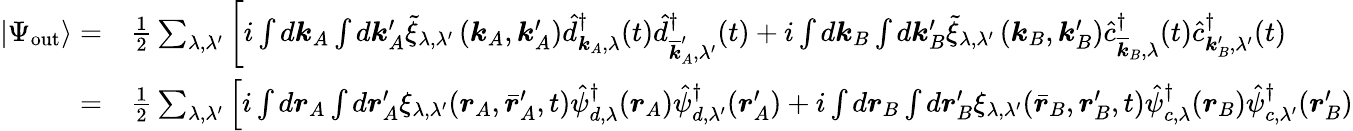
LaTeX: \begin{array}{rl}{\left|\Psi_{\mathrm{out}}\right\rangle=}&{{}\frac{1}{2}\sum_{\lambda,\lambda^{\prime}}\left[i\int d\boldsymbol{k}_{A}\int d\boldsymbol{k}_{A}^{\prime}\tilde{\xi}_{\lambda,\lambda^{\prime}}\left(\boldsymbol{k}_{A},\boldsymbol{k}_{A}^{\prime}\right)\hat{d}_{\boldsymbol{k}_{A},\lambda}^{\dagger}(t)\hat{d}_{\overline{{\boldsymbol{k}}}_{A}^{\prime},\lambda^{\prime}}^{\dagger}(t)+i\int d\boldsymbol{k}_{B}\int d\boldsymbol{k}_{B}^{\prime}\tilde{\xi}_{\lambda,\lambda^{\prime}}\left(\boldsymbol{k}_{B},\boldsymbol{k}_{B}^{\prime}\right)\hat{c}_{\overline{{\boldsymbol{k}}}_{B},\lambda}^{\dagger}(t)\hat{c}_{\boldsymbol{k}_{B}^{\prime},\lambda^{\prime}}^{\dagger}(t)\right.}\\ {=}&{{}\frac{1}{2}\sum_{\lambda,\lambda^{\prime}}\left[i\int d\boldsymbol{r}_{A}\int d\boldsymbol{r}_{A}^{\prime}\xi_{\lambda,\lambda^{\prime}}(\boldsymbol{r}_{A},\bar{\boldsymbol{r}}_{A}^{\prime},t)\hat{\psi}_{d,\lambda}^{\dagger}(\boldsymbol{r}_{A})\hat{\psi}_{d,\lambda^{\prime}}^{\dagger}(\boldsymbol{r}_{A}^{\prime})+i\int d\boldsymbol{r}_{B}\int d\boldsymbol{r}_{B}^{\prime}\xi_{\lambda,\lambda^{\prime}}(\bar{\boldsymbol{r}}_{B},\boldsymbol{r}_{B}^{\prime},t)\hat{\psi}_{c,\lambda}^{\dagger}(\boldsymbol{r}_{B})\hat{\psi}_{c,\lambda^{\prime}}^{\dagger}(\boldsymbol{r}_{B}^{\prime})\right.}\end{array}